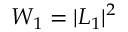
W _ { 1 } = | L _ { 1 } | ^ { 2 }